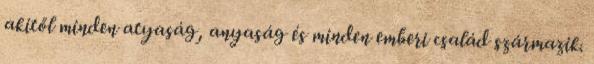
akitől minden atyaság, anyaság és minden emberi család származik.